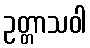
ဥတ္တာသဝါ